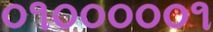
૦૧૦૦૦૦૦૧